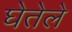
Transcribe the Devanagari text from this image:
घेतेले